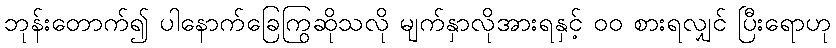
ဘုန်းတောက်၍ ပါနောက်ခြေကြွဆိုသလို မျက်နှာလိုအားရနှင့် ၀၀ စားရလျှင် ပြီးရောဟု